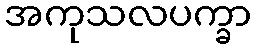
အကုသလပက္ခာ